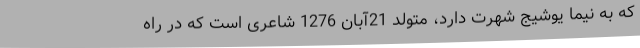
که به نیما یوشیج شهرت دارد، متولد 21آبان 1276 شاعری است که در راه